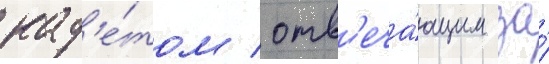
кад'е́том / отв'еча́ющим за́